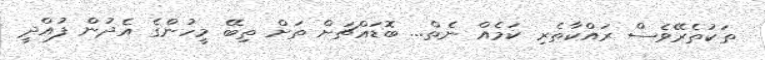
ތަކުތެރޭވެސް ރައްކާތެރި ކަމެއް ނެތް... ބޮޑައްޗަށް ތަށް ތިބޭ މީހުންގެ އެދުން ފުއްދީ